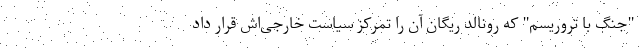
"جنگ با تروریسم" که رونالد ریگان آن را تمرکز سیاست خارجی‌اش قرار داد